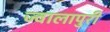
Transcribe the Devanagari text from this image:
ज्वालापुरी